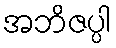
အဘိဇပ္ပါ